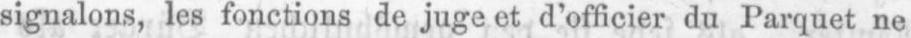
signalons, les fonctions de juge et d’officier du Parquet ne